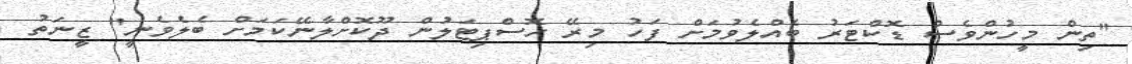
"ތިން މީހުންވެސް ޑޮކްޓަރު ބެއްލެވުމަށް ފަހު މިރޭ ހޮސްޕިޓަލުން ދޫކޮށްލާނޭކަމަށް ބެލެވެނީ" ޒީނަތު